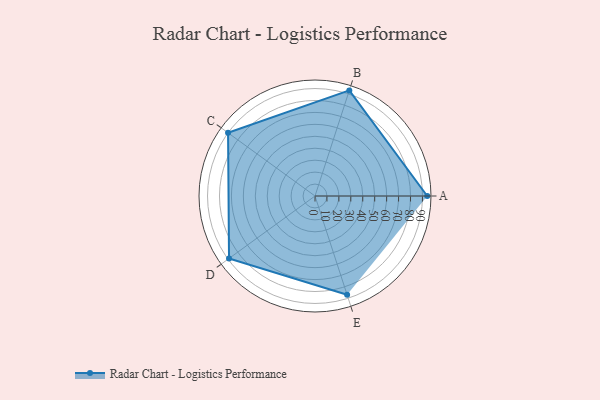
{"axis": {"x": "Skill", "y": "Score"}, "legend": ["Profile"], "data": [{"x": "A", "y": 94.0, "type": "Profile"}, {"x": "B", "y": 93.0, "type": "Profile"}, {"x": "C", "y": 90.0, "type": "Profile"}, {"x": "D", "y": 89.0, "type": "Profile"}, {"x": "E", "y": 87.0, "type": "Profile"}]}